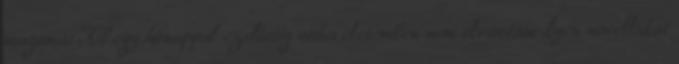
magamat.Kb.egy hónappal ezelőttig soha életemben nem olvastam ilyen novellákat